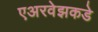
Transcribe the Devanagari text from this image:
एअरवेझकडे